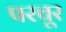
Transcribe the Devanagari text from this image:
परचूर